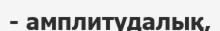
- амплитудалық,